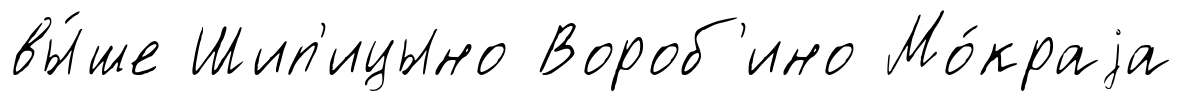
вы́ше Шип'ицыно Вороб'ино Мо́краjа